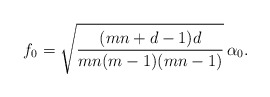
\begin{align*}f_0 = \sqrt{\frac{(mn+d-1) d}{mn(m-1)(mn-1)}} \, \alpha_0.\end{align*}